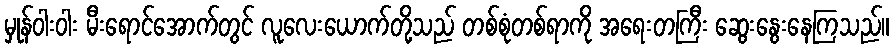
မှုန်ဝါးဝါး မီးရောင်အောက်တွင် လူလေးယောက်တို့သည် တစ်စုံတစ်ရာကို အရေးတကြီး ဆွေးနွေးနေကြသည်။